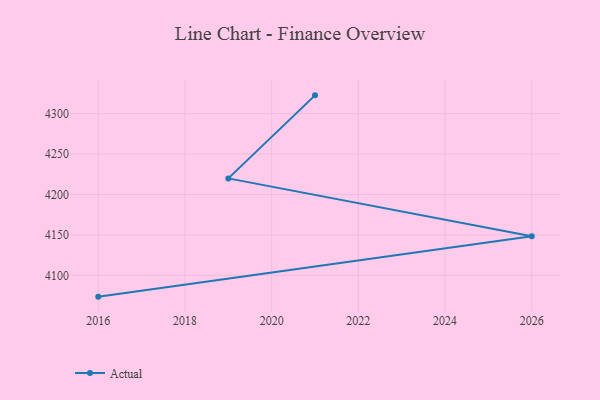
{"axis": {"x": "Year", "y": "Demand Index"}, "legend": ["Actual"], "data": [{"x": "2016", "y": 4073.6, "type": "Actual"}, {"x": "2026", "y": 4148.2, "type": "Actual"}, {"x": "2019", "y": 4219.9, "type": "Actual"}, {"x": "2021", "y": 4322.6, "type": "Actual"}]}